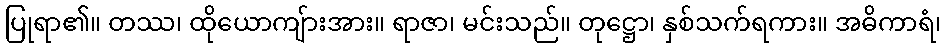
ပြုရာ၏။ တဿ၊ ထိုယောကျ်ားအား။ ရာဇာ၊ မင်းသည်။ တုဋ္ဌော၊ နှစ်သက်ရကား။ အဓိကာရံ၊